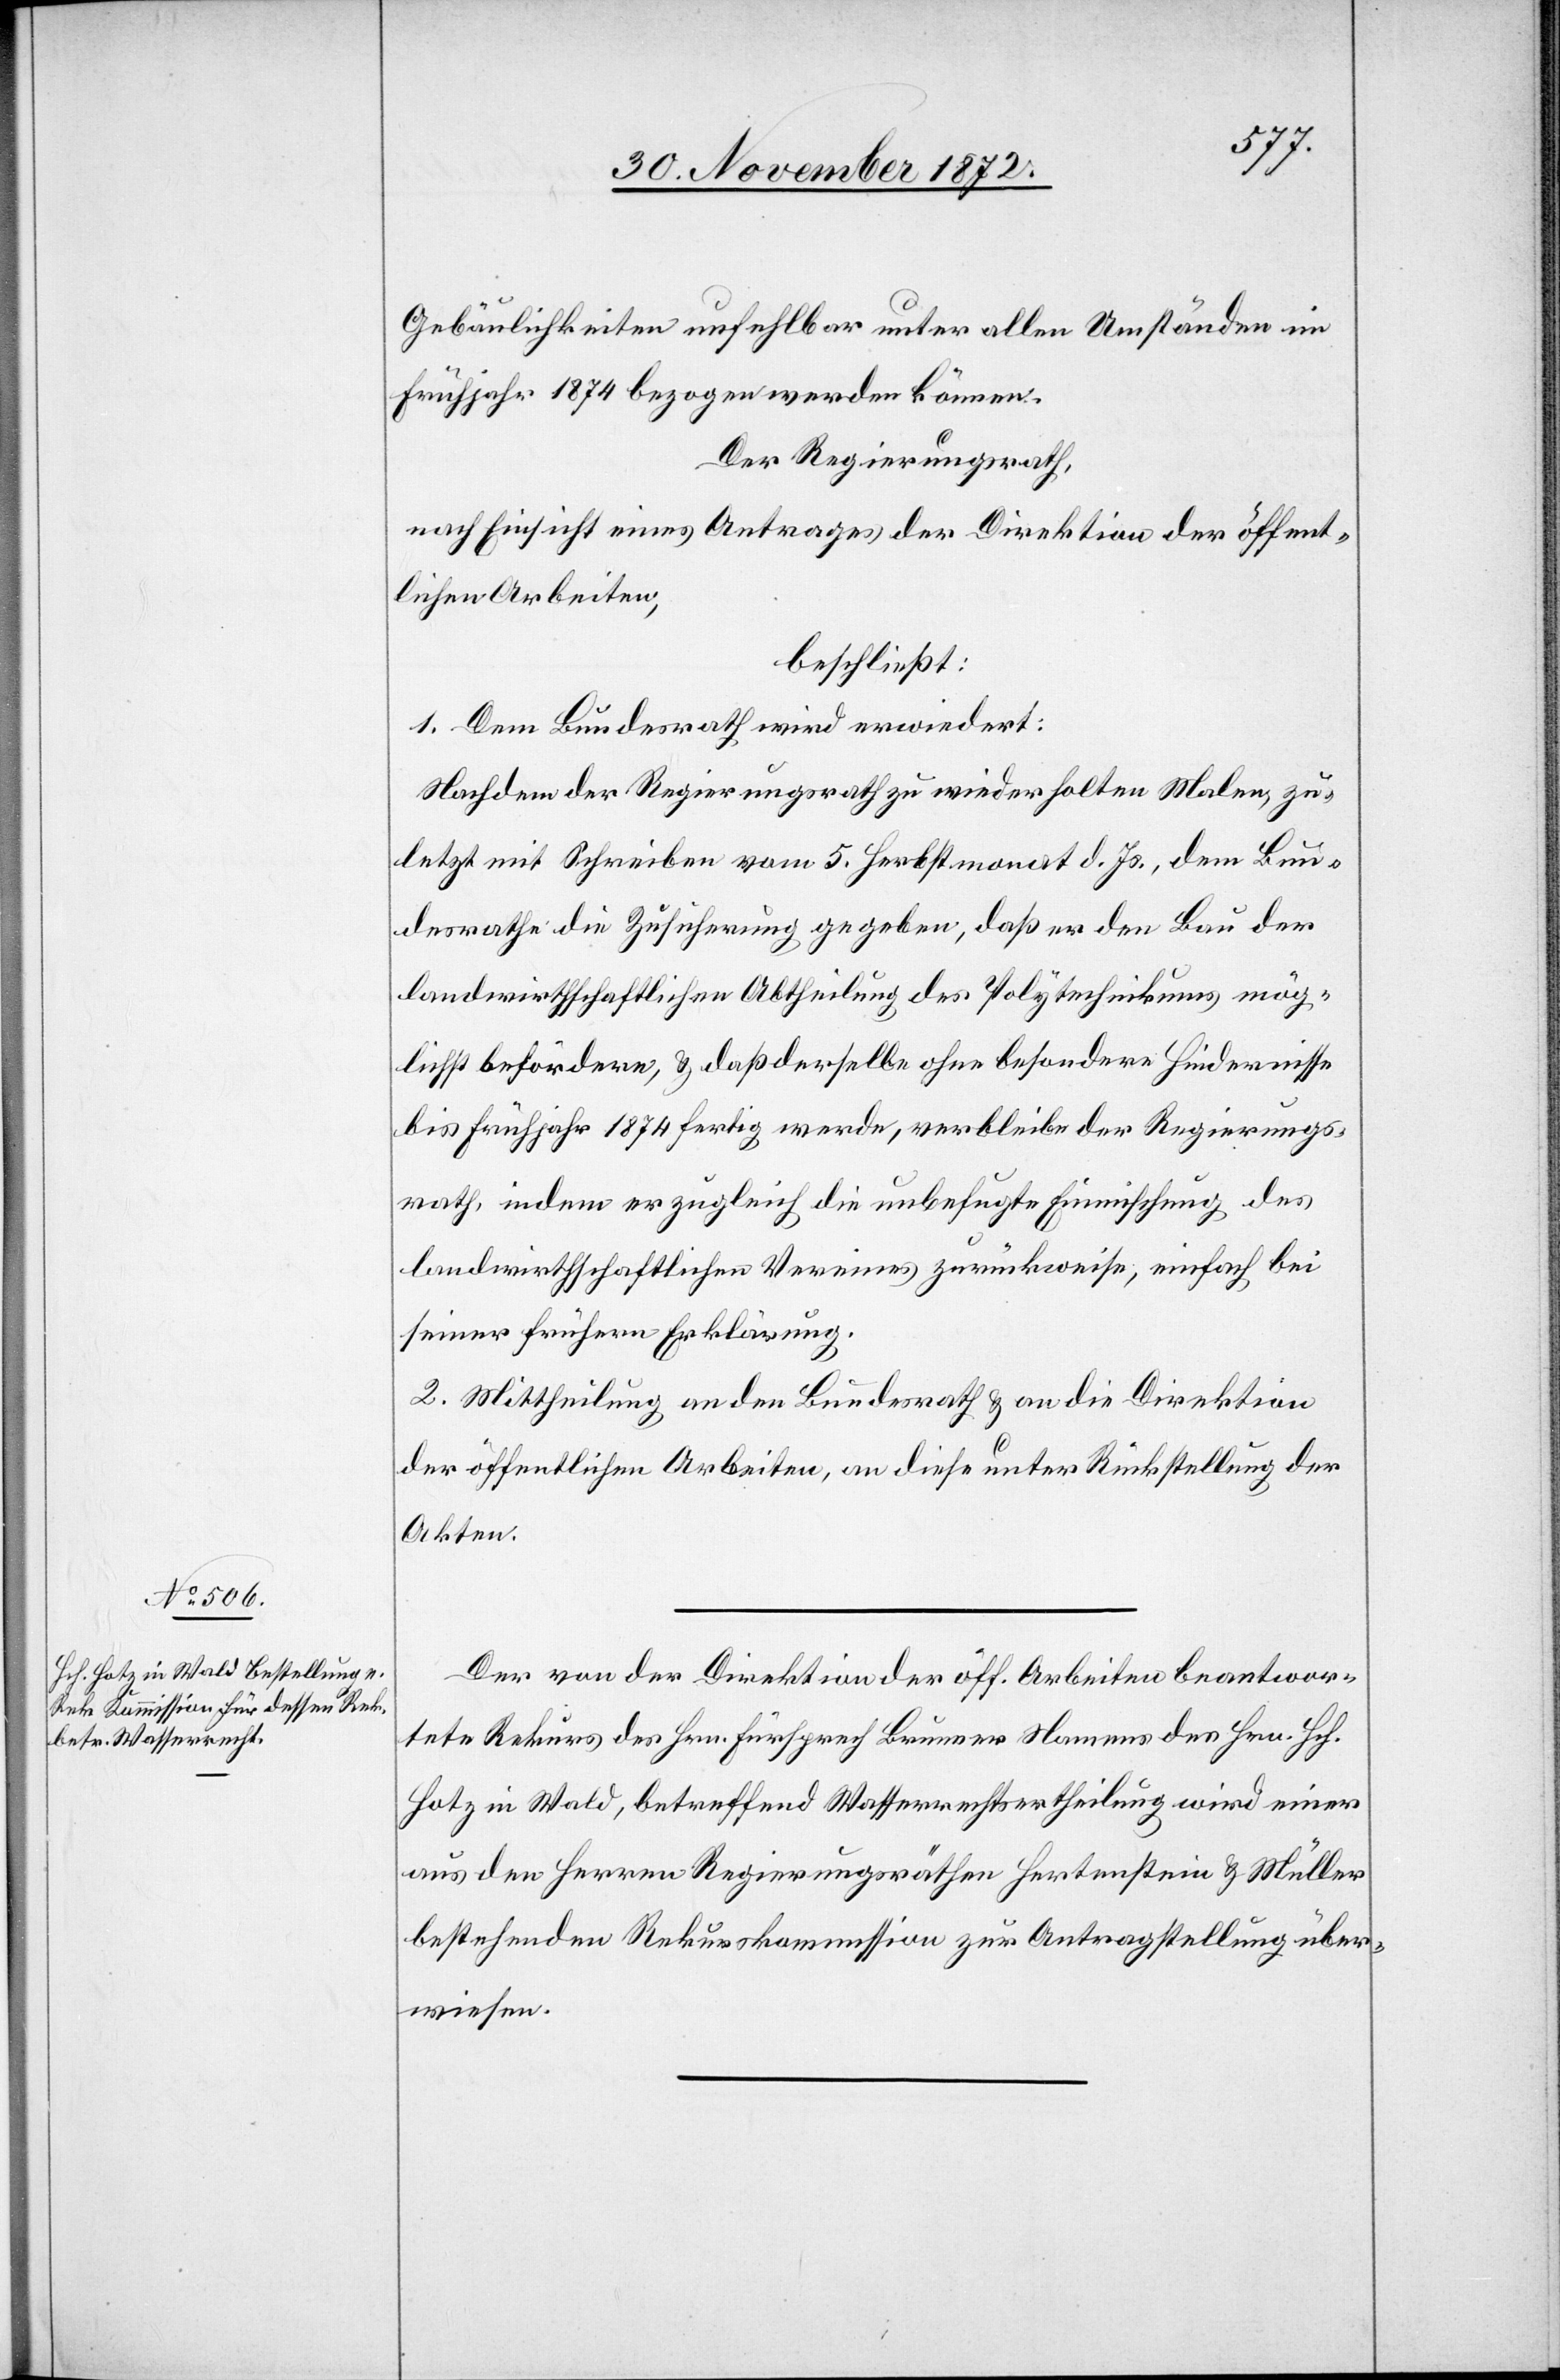
Gebäulichkeiten unfehlbar unter allen Umständen im
Frühjahr 1874 bezogen werden können.
Der Regierungsrath,
nach Einsicht eines Antrages der Direktion der öffent¬
lichen Arbeiten,
beschließt:
1. Dem Bundesrath wird erwiedert:
Nachdem der Regierungsrath zu wiederholten Malen, zu¬
letzt mit Schreiben vom 5. Herbstmonat d. Js., dem Bun¬
desrathe die Zusicherung gegeben, daß er den Bau der
landwirthschaftlichen Abtheilung des Polytechnikums mög¬
lichst befördern, u. daß derselbe ohne besondere Hindernisse
bis Frühjahr 1874 fertig werde, verbleibe der Regierungs¬
rath, indem er zugleich die unbefugte Einrichtung des
landwirthschaftlichen Vereines zurückweise, einfach bei
seiner frühern Erklärung.
2. Mittheilung an den Bundesrath u. an die Direktion
der öffentlichen Arbeiten, an diese unter Rückstellung der
Akten.
Der von der Direktion der öff. Arbeiten beantwor¬
tete Rekurs des Hrn. Fürsprech Brunner Namens des Hrn. Hch.
Hotz in Wald, betreffend Wasserrechtsertheilung wird einer
aus den Herren Regierungsräthen Hertenstein u. Müller
bestehenden Rekurskommission zur Antragstellung über¬
wiesen.